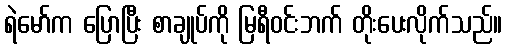
ရဲမော်က ပြောပြီး စာချုပ်ကို မြရီဝင်းဘက် တိုးပေးလိုက်သည်။